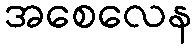
အစေလေန